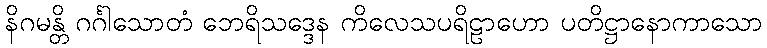
နိဂမန္တိ ဂင်္ဂါသောတံ ဘေရိသဒ္ဒေန ကိလေသပရိဠာဟော ပတိဋ္ဌာနောကာသော